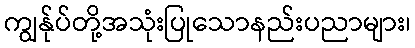
ကျွန်ုပ်တို့အသုံးပြုသောနည်းပညာများ၊